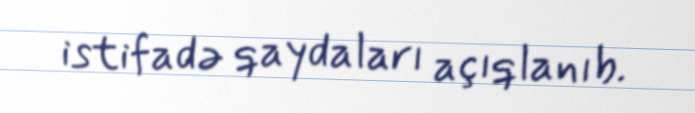
istifadə qaydaları açıqlanıb.